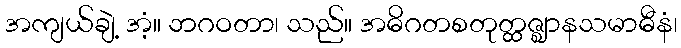
အကျယ်ချဲ့ အံ့။ ဘဂဝတာ၊ သည်။ အဓိဂတစတုတ္ထဇ္ဈာနသမာဓီနံ၊